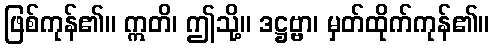
ဖြစ်ကုန်၏။ ဣတိ၊ ဤသို့။ ဒဋ္ဌဗ္ဗာ၊ မှတ်ထိုက်ကုန်၏။